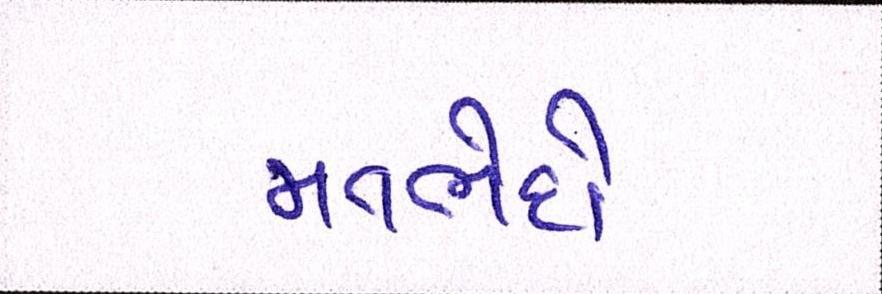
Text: મતભેદો